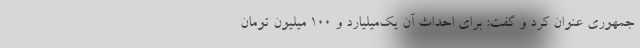
جمهوری عنوان کرد و گفت: برای احداث آن یک‌میلیارد و ۱۰۰ میلیون تومان